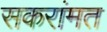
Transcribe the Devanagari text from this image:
सकरांमत